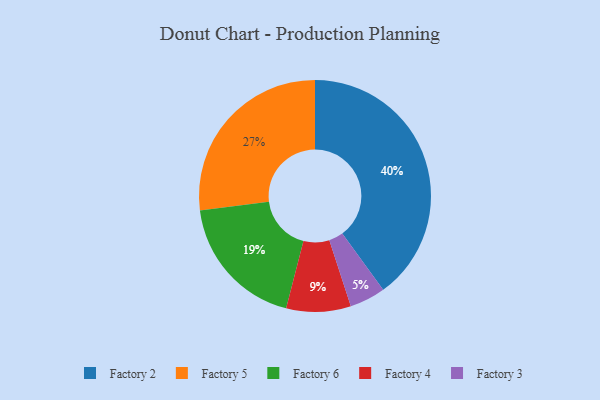
{"axis": {"x": "Category", "y": "Percentage"}, "legend": ["Factory 2", "Factory 3", "Factory 4", "Factory 5", "Factory 6"], "data": [{"x": "Factory 2", "y": 40, "type": "Factory 2"}, {"x": "Factory 5", "y": 27, "type": "Factory 5"}, {"x": "Factory 4", "y": 9, "type": "Factory 4"}, {"x": "Factory 3", "y": 5, "type": "Factory 3"}, {"x": "Factory 6", "y": 19, "type": "Factory 6"}]}